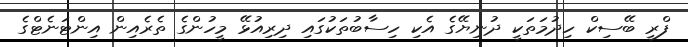
ފްރީ ބޭސިކް ހިދުމަތަކީ ދުނިޔޭގެ އެކި ހިސާބުތަކުގައި ދިރިއުޅޭ މީހުންގެ ތެރެއިން އިންޓަނެޓްގެ